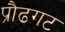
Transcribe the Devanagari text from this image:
प्रौढगट